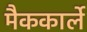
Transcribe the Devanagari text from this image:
मैककार्ले